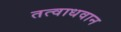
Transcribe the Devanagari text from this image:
तत्वाधवान